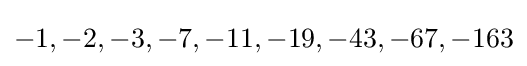
-1,-2,-3,-7,-11,-19,-43,-67,-163